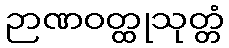
ဉာဏဝတ္ထုသုတ္တံ